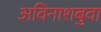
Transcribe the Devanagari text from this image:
अविनाशबुवा